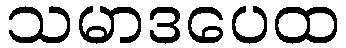
သမာဒပေထ